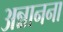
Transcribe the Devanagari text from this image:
अन्नानना